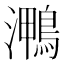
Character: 𭳠